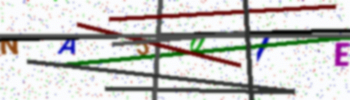
Text: NA50IE